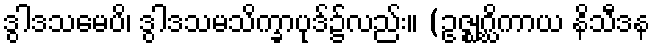
ဒွါဒသမေပိ၊ ဒွါဒသမသိက္ခာပုဒ်၌လည်း။ (ဥဇ္ဈဂ္ဃိကာယ နိသီဒန